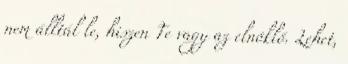
nem álltál le, hiszen Te vagy az elnöklő. Lehet,